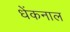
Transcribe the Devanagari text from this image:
धेंकनाल